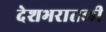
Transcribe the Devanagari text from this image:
देशभरातली